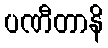
ပဏီတာနိ